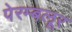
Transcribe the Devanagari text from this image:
पेरम्बलूर